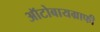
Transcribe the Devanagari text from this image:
ऑटोबायग्राफी